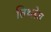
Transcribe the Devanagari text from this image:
तिथ्लेच